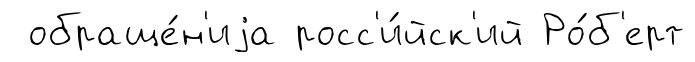
обраще́н'иjа росс'и́йск'ий Ро́б'ерт